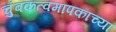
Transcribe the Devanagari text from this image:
चुंबकत्वमापकाच्या